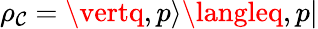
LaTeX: \rho_{\mathcal{C}}=\vertq,p\rangle\langleq,p\vert